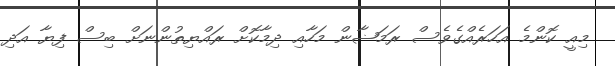
މިއީ ކޮންމެ އަހަރެއްގެވެސް ރަމަޟާން މަހާއި ދިމާކޮށް ރައްޔިތުންނަށް ބިސް ފިޔާ އަދި